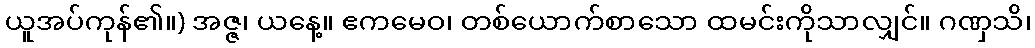
ယူအပ်ကုန်၏။) အဇ္ဇ၊ ယနေ့။ ဧကမေဝ၊ တစ်ယောက်စာသော ထမင်းကိုသာလျှင်။ ဂဏှသိ၊